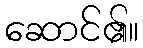
ဆောင်၏။